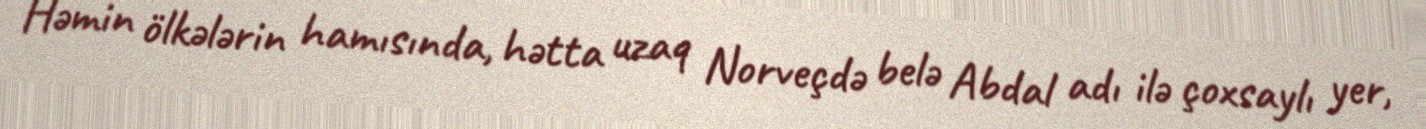
Həmin ölkələrin hamısında, hətta uzaq Norveçdə belə Abdal adı ilə çoxsaylı yer,